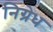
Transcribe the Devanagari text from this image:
निग्रेध